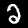
Digit: 2